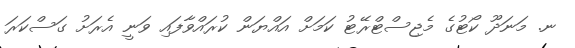
ނ. މަނަދޫ ކޯޓުގެ މެޖިސްޓްރޭޓު ކަމަށް އައްޔަން ކުރައްވާފައި ވަނީ އެރަށު ގަސްކަރަ